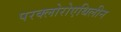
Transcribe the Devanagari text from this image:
परक्लोरोएथिलीन